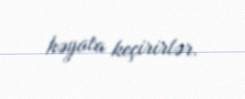
həyata keçirirlər.